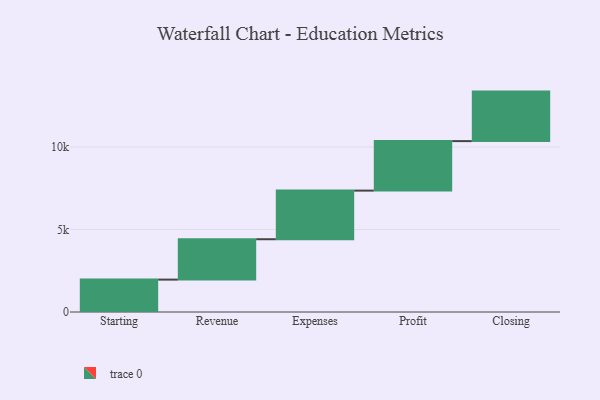
{"axis": {"x": "Step", "y": "Value"}, "legend": [""], "data": [{"x": "Starting", "y": 1963.0, "type": ""}, {"x": "Revenue", "y": 2447.0, "type": ""}, {"x": "Expenses", "y": 2946.0, "type": ""}, {"x": "Profit", "y": 3000, "type": ""}, {"x": "Closing", "y": 3000, "type": ""}]}